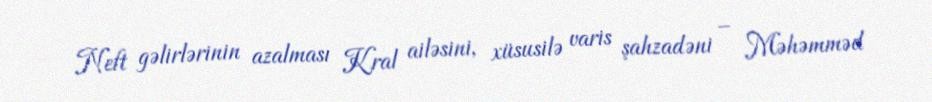
Neft gəlirlərinin azalması Kral ailəsini, xüsusilə varis şahzadəni – Məhəmməd